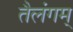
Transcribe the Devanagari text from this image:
तैलंगम्